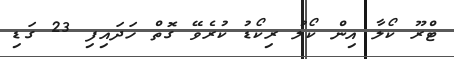
ޓްރޫ ކޯލާ އިން ކޯލު ރިކޯޑު ކުރެވޭ ގޮތް ހަދައިފި 23 ގަޑި